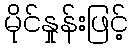
မိုင်နှုန်းဖြင့်